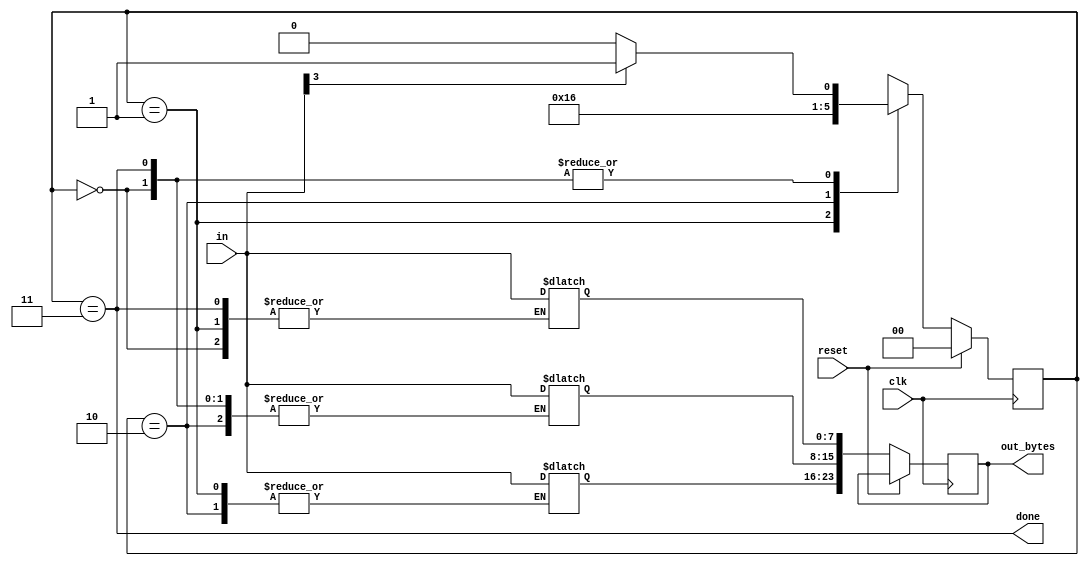
module top_module(
    input clk,
    input [7:0] in,
    input reset,    // Synchronous reset
    output [23:0] out_bytes,
    output done); //

    parameter S1 = 2'd0, S2 = 2'd1, S3 = 2'd2, DONE = 2'd3;
    reg [1:0] state, next_state = 'x;
    
    reg [23:0] temp;
    // State transition logic (combinational)
    always @(*) begin
        case(state) 
            S1: begin
                next_state = in[3] ? S2: S1;
				temp[23:16] = in;
            end
            S2:begin
                next_state = S3;
                temp[15:8] = in;
            end
            S3: begin
               next_state = DONE;
               temp[7:0] = in;
            end
            DONE: begin
               next_state = in[3] ? S2: S1;
               temp[23:16] = in;
            end
        endcase
    end

    // State flip-flops (sequential)
    always @(posedge clk) begin
        if(reset) begin
            state <= S1;
        end
        else begin
           state <= next_state; 
           out_bytes <= temp;
        end
        
    end
 
    // Output logic
    assign done = (state == DONE);

    // New: Datapath to store incoming bytes.
    

endmodule